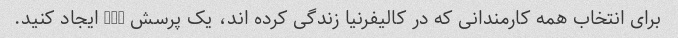
برای انتخاب همه کارمندانی که در کالیفرنیا زندگی کرده اند، یک پرسش SQL ایجاد کنید.